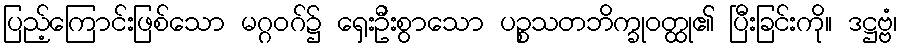
ပြည့်ကြောင်းဖြစ်သော မဂ္ဂဝဂ်၌ ရှေးဦးစွာသော ပဉ္စသတဘိက္ခုဝတ္ထု၏ ပြီးခြင်းကို။ ဒဋ္ဌဗ္ဗံ၊